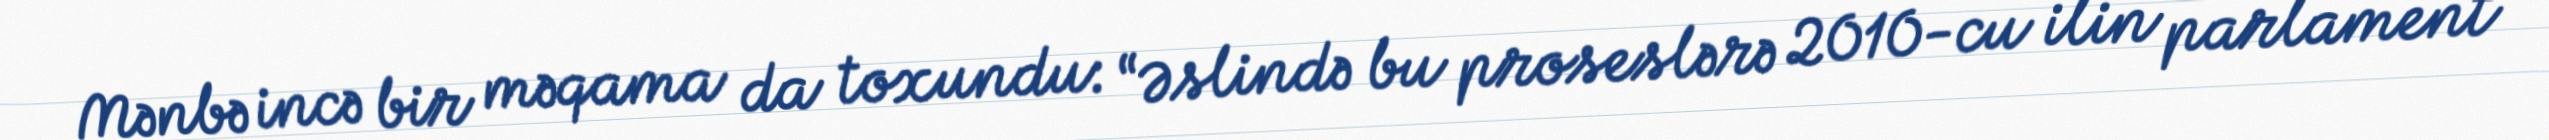
Mənbə incə bir məqama da toxundu: “Əslində bu proseslərə 2010-cu ilin parlament